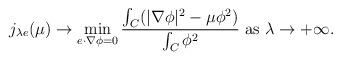
LaTeX: \begin{align*} j_{\lambda e}(\mu)\rightarrow \min_{e\cdot\nabla\phi=0}\frac{\int_{C}(|\nabla\phi|^{2}-\mu\phi^{2})}{\int_{C}\phi^{2}} \hbox{ as } \lambda\rightarrow+\infty. \end{align*}